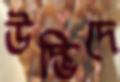
উদ্ভিদে